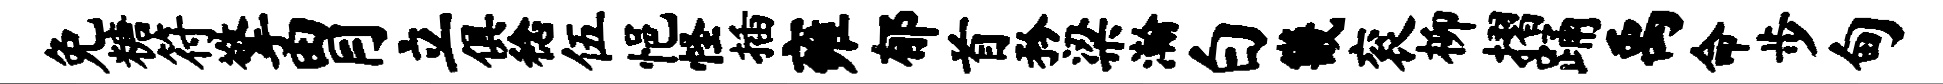
免糖符擎胃立俱稔伍悒怪插雍郁首矜梁瀚白畿衮柳摺踊禹命步甸